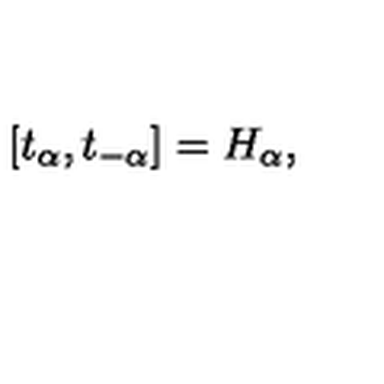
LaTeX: [ t _ { \alpha } , t _ { - \alpha } ] = H _ { \alpha } ,